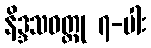
နိဒ္ဒသဝတ္ထု ၇-ပါး